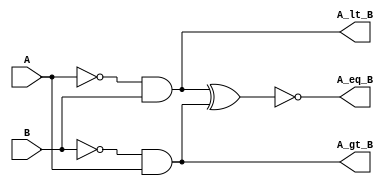
`timescale 1ns / 1ps


module Comparator(A_gt_B, A_lt_B, A_eq_B, A, B);

// Dimensions and Sizes
input A, B;
output A_gt_B, A_lt_B, A_eq_B;

// wires
wire a1, b1;

//logic description
not not1(a1, A);
not not2(b1, B);
and and1(A_lt_B, a1, B);
and and2(A_gt_B, b1, A);
xnor xnor1(A_eq_B, A_lt_B, A_gt_B);

endmodule